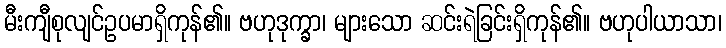
မီးကျီစုလျင်ဥပမာရှိကုန်၏။ ဗဟုဒုက္ခာ၊ များသော ဆင်းရဲခြင်းရှိကုန်၏။ ဗဟုပါယာသာ၊